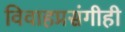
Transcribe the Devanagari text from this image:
विवाहप्रसंगीही